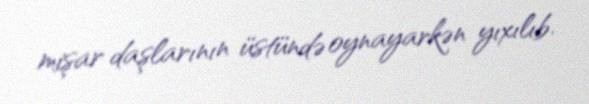
mişar daşlarının üstündə oynayarkən yıxılıb.